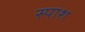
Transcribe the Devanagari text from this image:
स्पाश